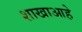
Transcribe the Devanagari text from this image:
शाखाआहे